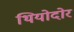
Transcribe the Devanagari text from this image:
थियोदोर